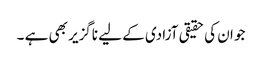
جو ان کی حقیقی آزادی کے لیے ناگزیر بھی ہے ۔